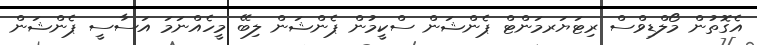
އެގޮތުން މޯލްޑިވްސް ރިޓަޔަރމަންޓް ޕެންޝަން ސްކީމުން ޕެންޝަން ލިބޭ މީހެއްނަމަ އަސާސީ ޕެންޝަން